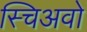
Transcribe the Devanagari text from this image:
स्चिअवो